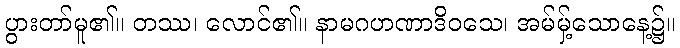
ပွားတာ်မူ၏။ တဿ၊ လောင်၏။ နာမဂဟဏာဒိဝသေ၊ အမ်မှ့်သောနေ့၌။